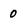
Character: 0